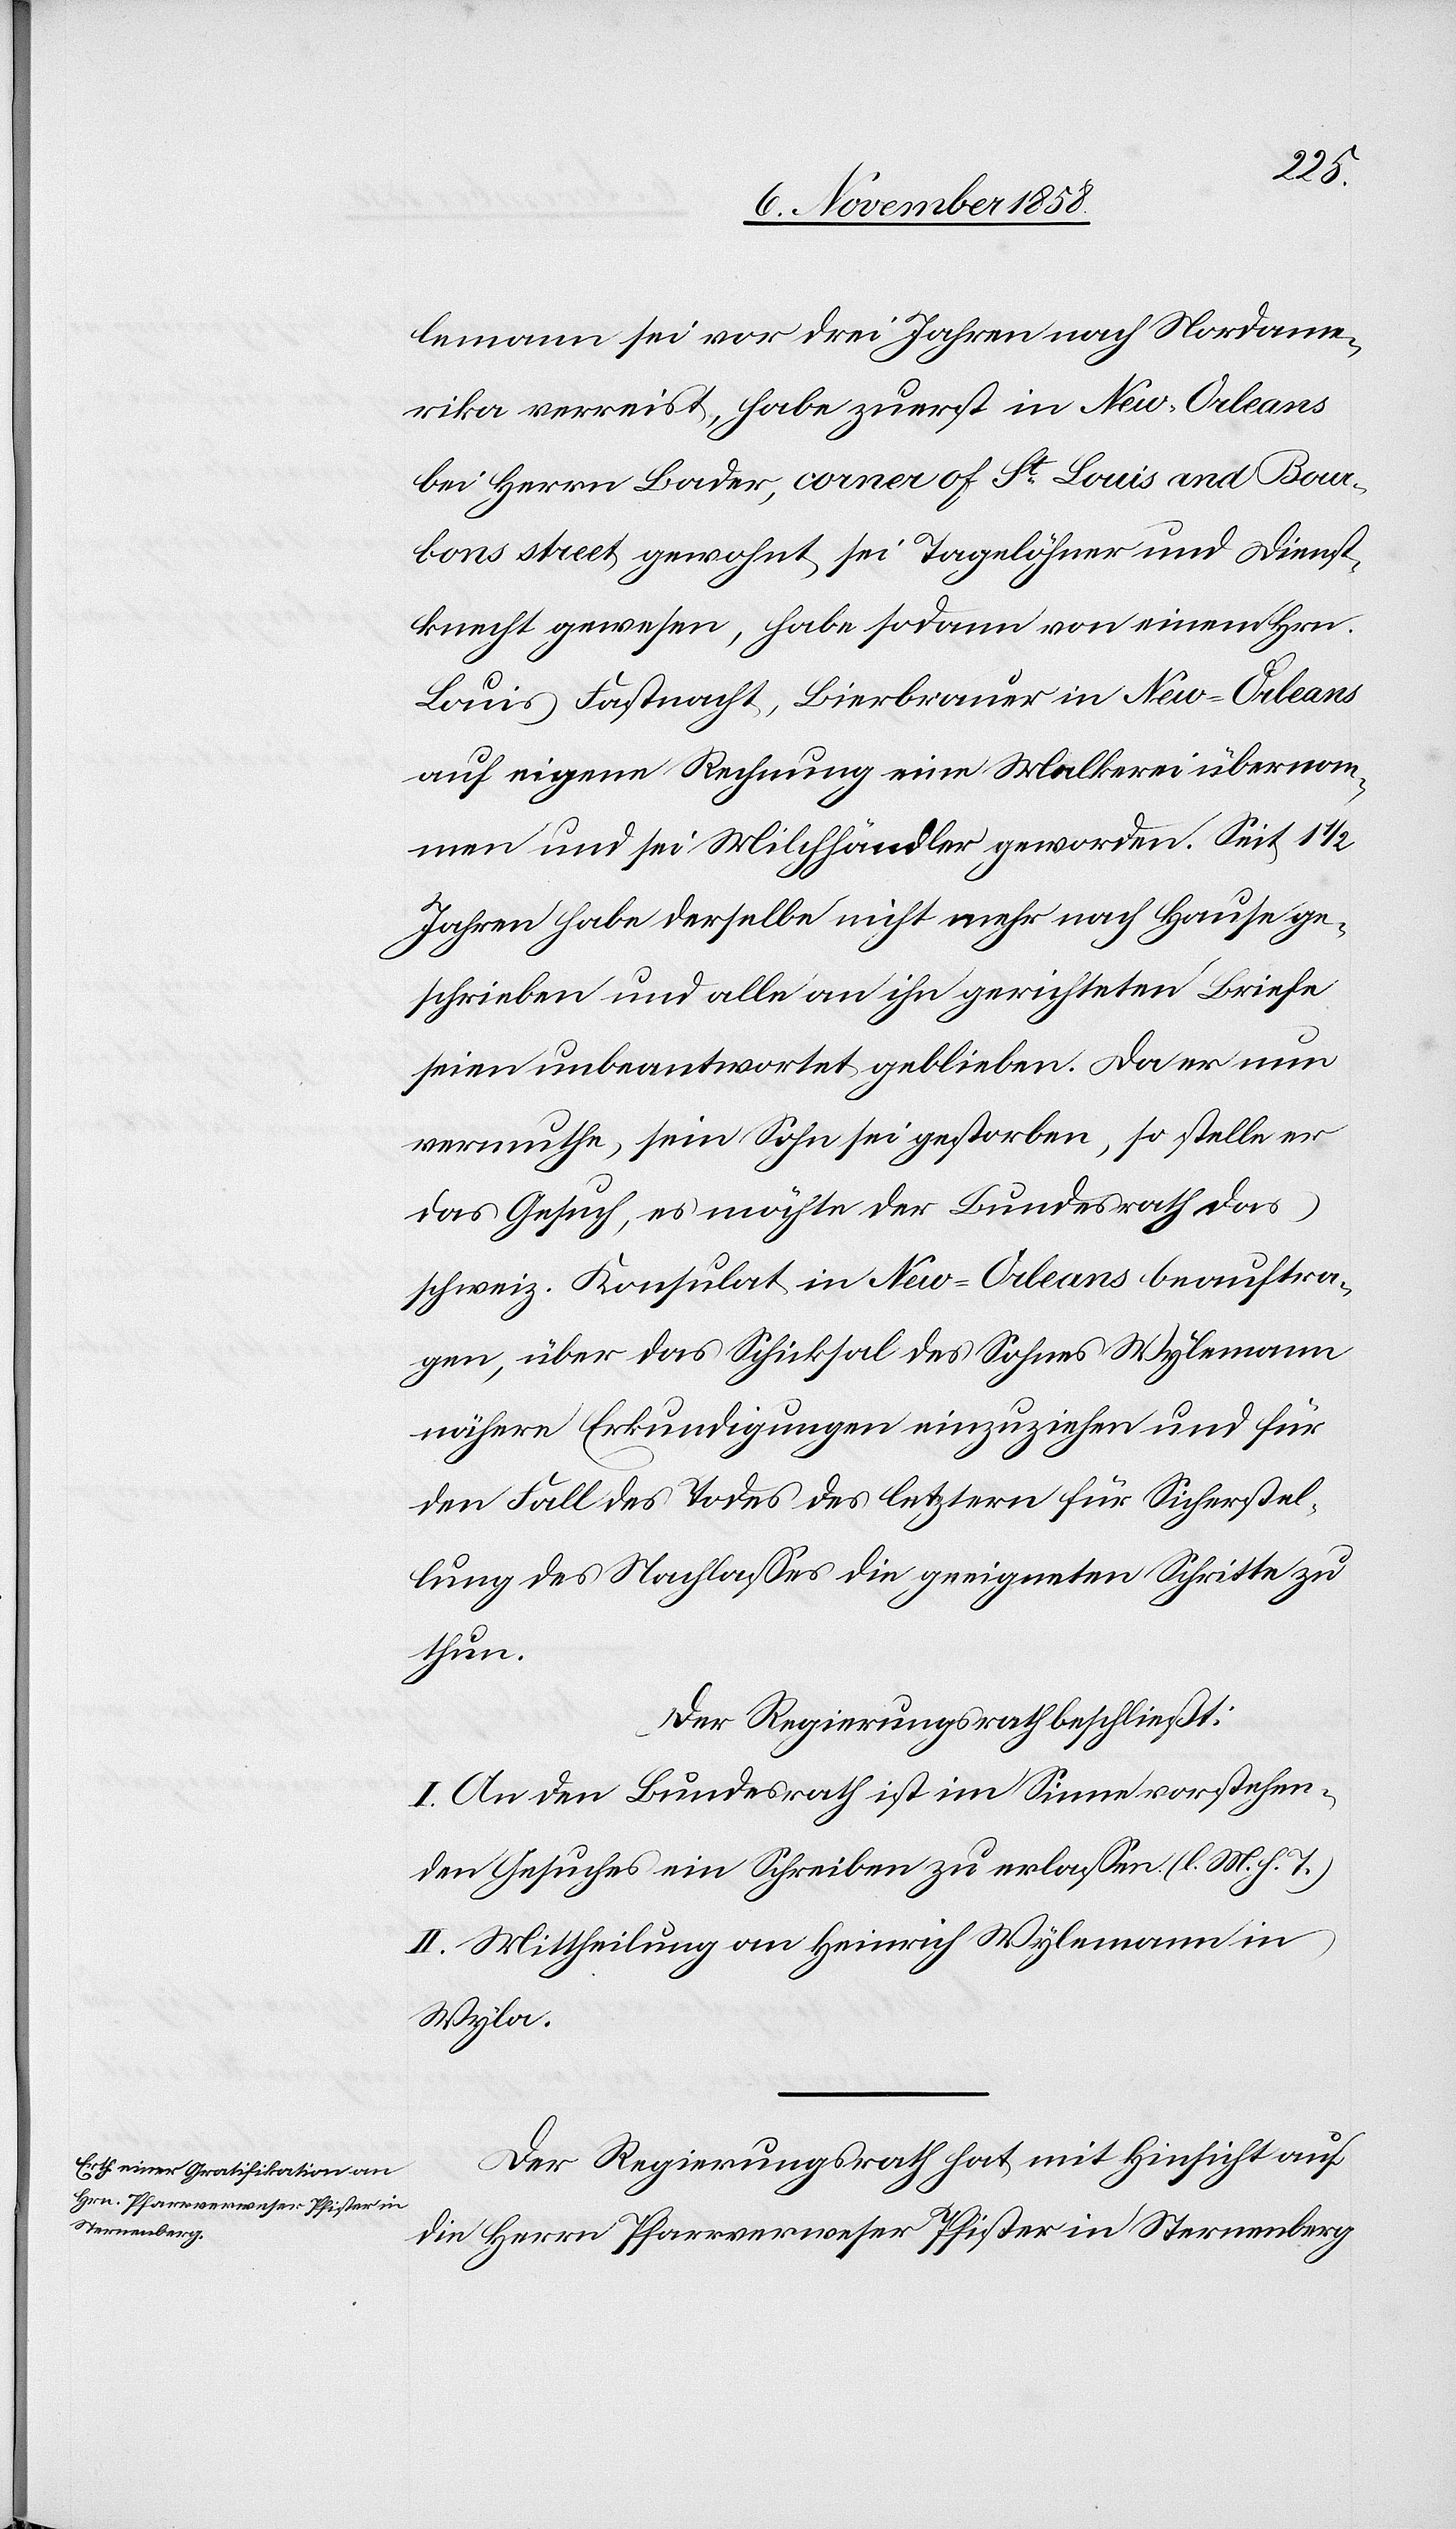
lemann sei vor drei Jahren nach Nordame¬
rika verreist, habe zuerst in New-Orleans
bei Herrn Bader, corner of St Louis and Bour¬
bons street gewohnt, sei Tagelöhner und Dienst¬
knecht gewesen, habe sodann von einem Hrn.
Louis Fastnacht, Bierbrauer in New-Orleans
auf eigene Rechnung eine Molkerei übernom¬
men und sei Milchhändler geworden. Seit 1
Jahren habe derselbe nicht mehr nach Hause ge¬
schrieben und alle an ihn gerichteten Briefe
seien unbeantwortet geblieben. Da er nun
vermuthe, sein Sohn sei gestorben, so stelle er
das Gesuch, es möchte der Bundesrath das
schweiz. Konsulat in New-Orleans beauftra¬
gen, über das Schicksal des Sohnes Wylemann
nähere Erkundigungen einzuziehen und für
den Fall des Todes des letztern für Sicherstel¬
lung des Nachlasses die geeigneten Schritte zu
thun.
Der Regierungsrath beschließt:
I. An den Bundesrath ist im Sinne vorstehen¬
den Gesuches ein Schreiben zu erlassen. (l. M. h. T.)
II. Mittheilung an Heinrich Wylemann in
Wyla.
Der Regierungsrath hat, mit Hinsicht auf
die Herrn Pfarrverweser Pfister in Sternenberg